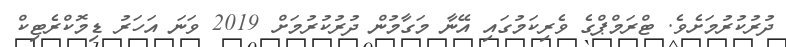
ދުރުކުރުމަށެވެ. ޓްރަމްޕްގެ ވެރިކަމުގައި އޭނާ މަގާމުން ދުރުކުރުމަށް 2019 ވަނަ އަހަރު ޑިމޮކްރެޓިކް